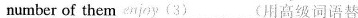
number of them enjoy (3)___ (用高级词语替